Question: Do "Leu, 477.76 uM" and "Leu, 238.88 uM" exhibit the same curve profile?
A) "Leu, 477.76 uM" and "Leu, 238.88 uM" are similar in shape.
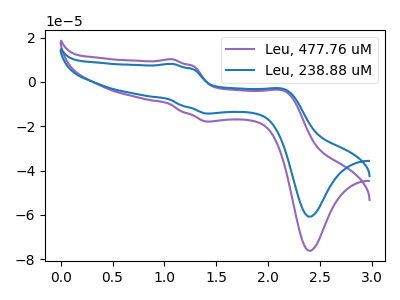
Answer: <think>The purple curve "Leu, 477.76 uM" has anodic peaks at (1.05V, 10.30uA) (2.15V, -4.35uA) and cathodic peaks at (1.40V, -17.85uA) (2.40V, -76.20uA). The blue curve "Leu, 238.88 uM" has anodic peaks at (1.05V, 8.20uA) (2.15V, -3.50uA) and cathodic peaks at (1.40V, -14.25uA) (2.40V, -60.80uA).
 All the peaks in "Leu, 477.76 uM" have a peak in "Leu, 238.88 uM" at the same potential.</think>
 <answer>A) "Leu, 477.76 uM" and "Leu, 238.88 uM" are similar in shape.</answer>
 <eval>A</eval>